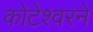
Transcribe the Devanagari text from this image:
कोटेश्वरने